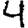
Digit: 4